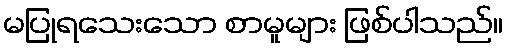
မပြုရသေးသော စာမူများ ဖြစ်ပါသည်။